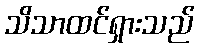
သိသာထင်ရှားသည်